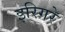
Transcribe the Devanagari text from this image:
इरिगरे